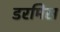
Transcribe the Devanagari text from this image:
डरमिस